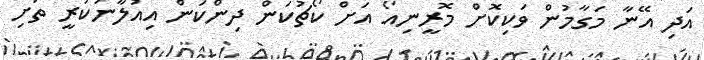
އަދި އޭނާ މަގާމުން ވަކިކޮށް މޮރީނިއޯ އަށް ކޯޗުކަން ދިންކަން އިއުލާނުކުރީ ތަށި